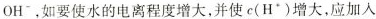
OH^{-}，如要使水的电离程度增大，并使c(H^{+})增大，应加入